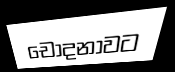
චෝදනාවට